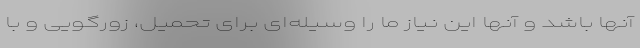
آنها باشد و آنها این نیاز ما را وسیله‌ای برای تحمیل، زورگویی و با